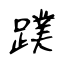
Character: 蹼